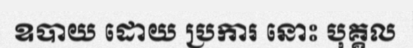
ឧបាយ ដោយ ប្រការ នោះ បុគ្គល